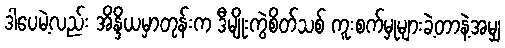
ဒါပေမဲ့လည်း အိန္ဒိယမှာတုန်းက ဒီမျိုးကွဲစိတ်သစ် ကူးစက်မှုများခဲ့တာနဲ့အမျှ